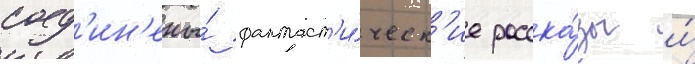
соед'ин'ены́ фантаст'и́ческ'ие расска́зы и́